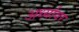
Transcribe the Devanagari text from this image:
अर्ध्यावर